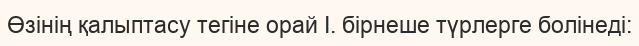
Өзінің қалыптасу тегіне орай I. бірнеше түрлерге болінеді: